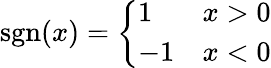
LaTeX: \mathrm{sgn}(x)=\left\{ \begin{array}{ll}{{1\ }}&{{x>0}}\\ {{-1}}&{{x<0}}\end{array}\right.